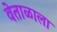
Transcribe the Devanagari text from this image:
वेताळाला